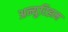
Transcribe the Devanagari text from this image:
अन्युरिझम